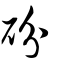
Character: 砏